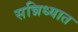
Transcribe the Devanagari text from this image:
सन्निध्यात